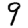
Digit: 9